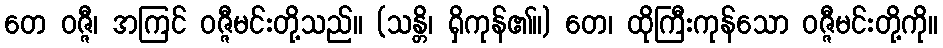
တေ ဝဇ္ဇီ၊ အကြင် ဝဇ္ဇီမင်းတို့သည်။ (သန္တိ၊ ရှိကုန်၏။) တေ၊ ထိုကြီးကုန်သော ဝဇ္ဇီမင်းတို့ကို။